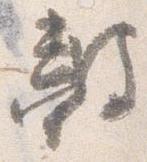
皷